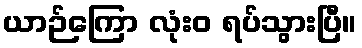
ယာဉ်ကြော လုံးဝ ရပ်သွားပြီ။